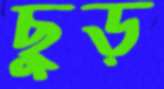
ছুড়